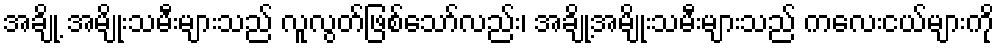
အချို့ အမျိုးသမီးများသည် လူလွတ်ဖြစ်သော်လည်း၊ အချို့အမျိုးသမီးများသည် ကလေးငယ်များကို